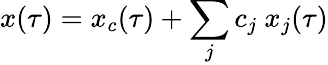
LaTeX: x(\tau)=x_{c}(\tau)+\sum_{j}c_{j}\ x_{j}(\tau)